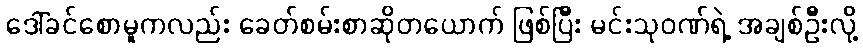
ဒေါ်ခင်စောမူကလည်း ခေတ်စမ်းစာဆိုတယောက် ဖြစ်ပြီး မင်းသုဝဏ်ရဲ့ အချစ်ဦးလို့